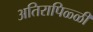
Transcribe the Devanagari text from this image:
अतिरापिळ्ळी